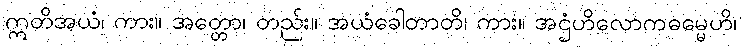
ဣတိအယံ၊ ကား။ အတ္တော၊ တည်း။ အယံခေါတာတိ၊ ကား။ အဌံဟိလောကဓမ္မေဟိ၊